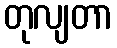
တုလျတာ